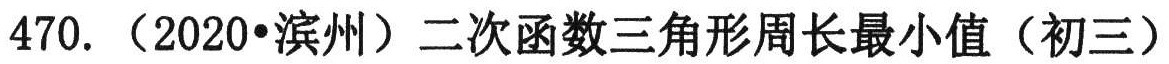
470. （2020•滨州）二次函数三角形周长最小值（初三）